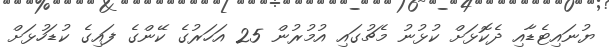
ޔުނައިޓެޑާއި ދެކޮޅަށް ކުޅުނު މެޗުގައި އުމުރުން 25 އަހަރުގެ ކޭންގެ ފައިގެ ކުޑަހުޅަށް